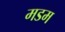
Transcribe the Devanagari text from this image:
मडम